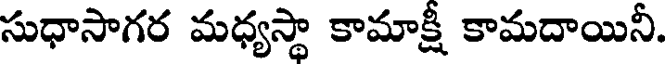
సుధాసాగర మధ్యస్థా కామాక్షీ కామదాయినీ.